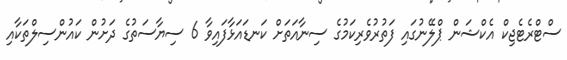
ސްޓްރެޓެޖިކް އެކްޝަން ޕްލޭނުގައި ފަތުރުވެރިކަމުގެ ސިނާއަތަށް ކަނޑައަޅާފައިވާ 6 ސިޔާސަތުގެ ދަށުން ކައުންސިލްތަކާއި